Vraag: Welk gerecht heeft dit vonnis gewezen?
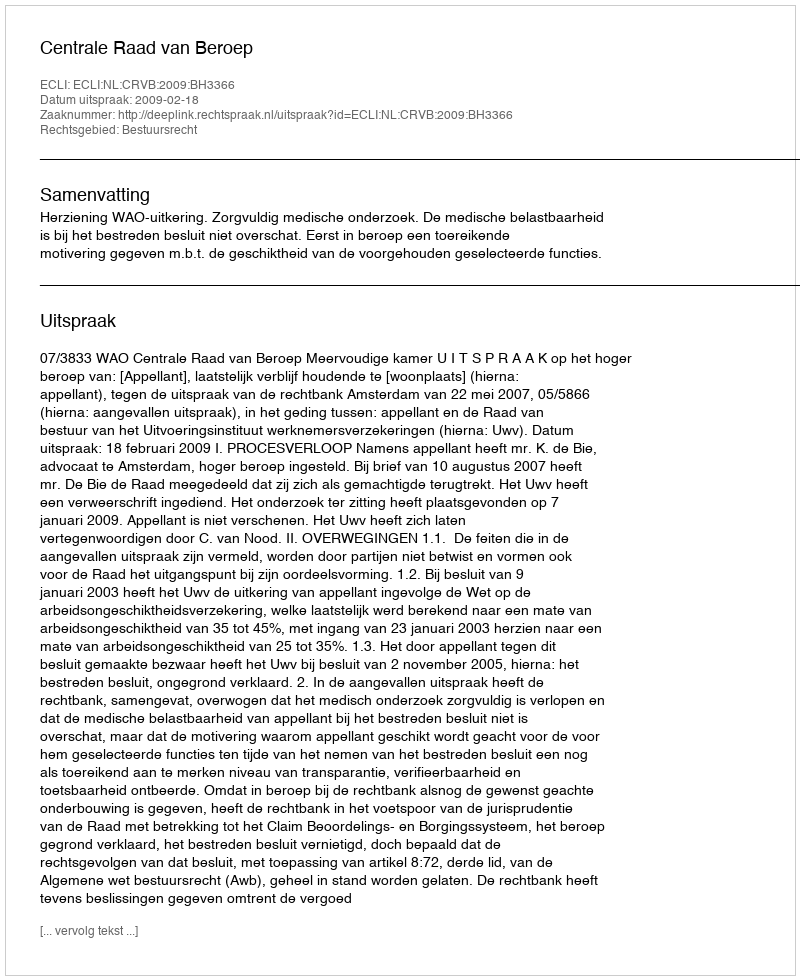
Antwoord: Centrale Raad van Beroep